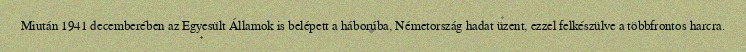
Miután 1941 decemberében az Egyesült Államok is belépett a háborúba, Németország hadat üzent, ezzel felkészülve a többfrontos harcra.